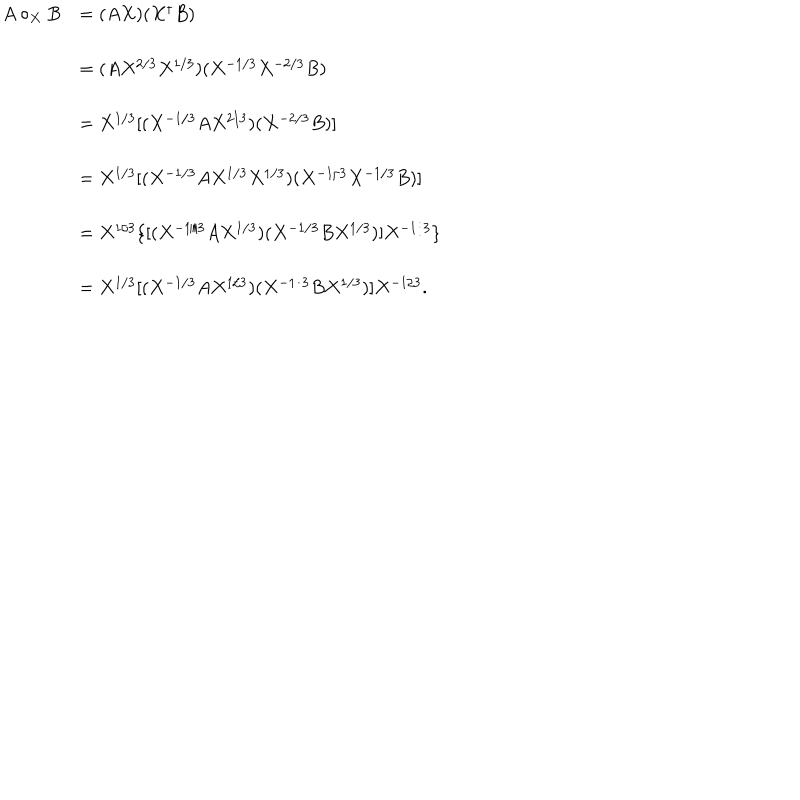
LaTeX: \begin{array} { r l } { { A \circ _ { X } B } } & { { = ( A X ) ( X ^ { \dagger } B ) } } \\ { { } } & { { = ( A X ^ { 2 / 3 } X ^ { 1 / 3 } ) ( X ^ { - 1 / 3 } X ^ { - 2 / 3 } B ) } } \\ { { } } & { { = X ^ { 1 / 3 } [ ( X ^ { - 1 / 3 } A X ^ { 2 / 3 } ) ( X ^ { - 2 / 3 } B ) ] } } \\ { { } } & { { = X ^ { 1 / 3 } [ ( X ^ { - 1 / 3 } A X ^ { 1 / 3 } X ^ { 1 / 3 } ) ( X ^ { - 1 / 3 } X ^ { - 1 / 3 } B ) ] } } \\ { { } } & { { = X ^ { 1 / 3 } \{ [ ( X ^ { - 1 / 3 } A X ^ { 1 / 3 } ) ( X ^ { - 1 / 3 } B X ^ { 1 / 3 } ) ] X ^ { - 1 / 3 } \} } } \\ { { } } & { { = X ^ { 1 / 3 } [ ( X ^ { - 1 / 3 } A X ^ { 1 / 3 } ) ( X ^ { - 1 / 3 } B X ^ { 1 / 3 } ) ] X ^ { - 1 / 3 } . } } \\ \end{array}